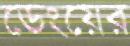
ডেংয়ের